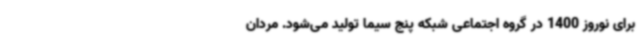
برای نوروز 1400 در گروه اجتماعی شبکه پنج سیما تولید می‌شود. مردان